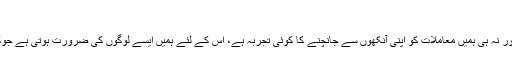
’’
ہم جانتے ہیں کہ پاکستان میں صورتحال بہتر ہورہی ہے لیکن ہم سیکیورٹی ماہرین نہیں اور نہ ہی ہمیں معاملات کو اپنی آنکھوں سے جانچنے کا کوئی تجربہ ہے، اس کے لئے ہمیں ایسے لوگوں کی ضرورت ہوتی ہے جوکہ متعلقہ شعبے کے ماہر ہوں، یہی وجہ ہے کہ ٹیمیں پاکستان کا سفر نہیں کررہی ہیں‘‘۔